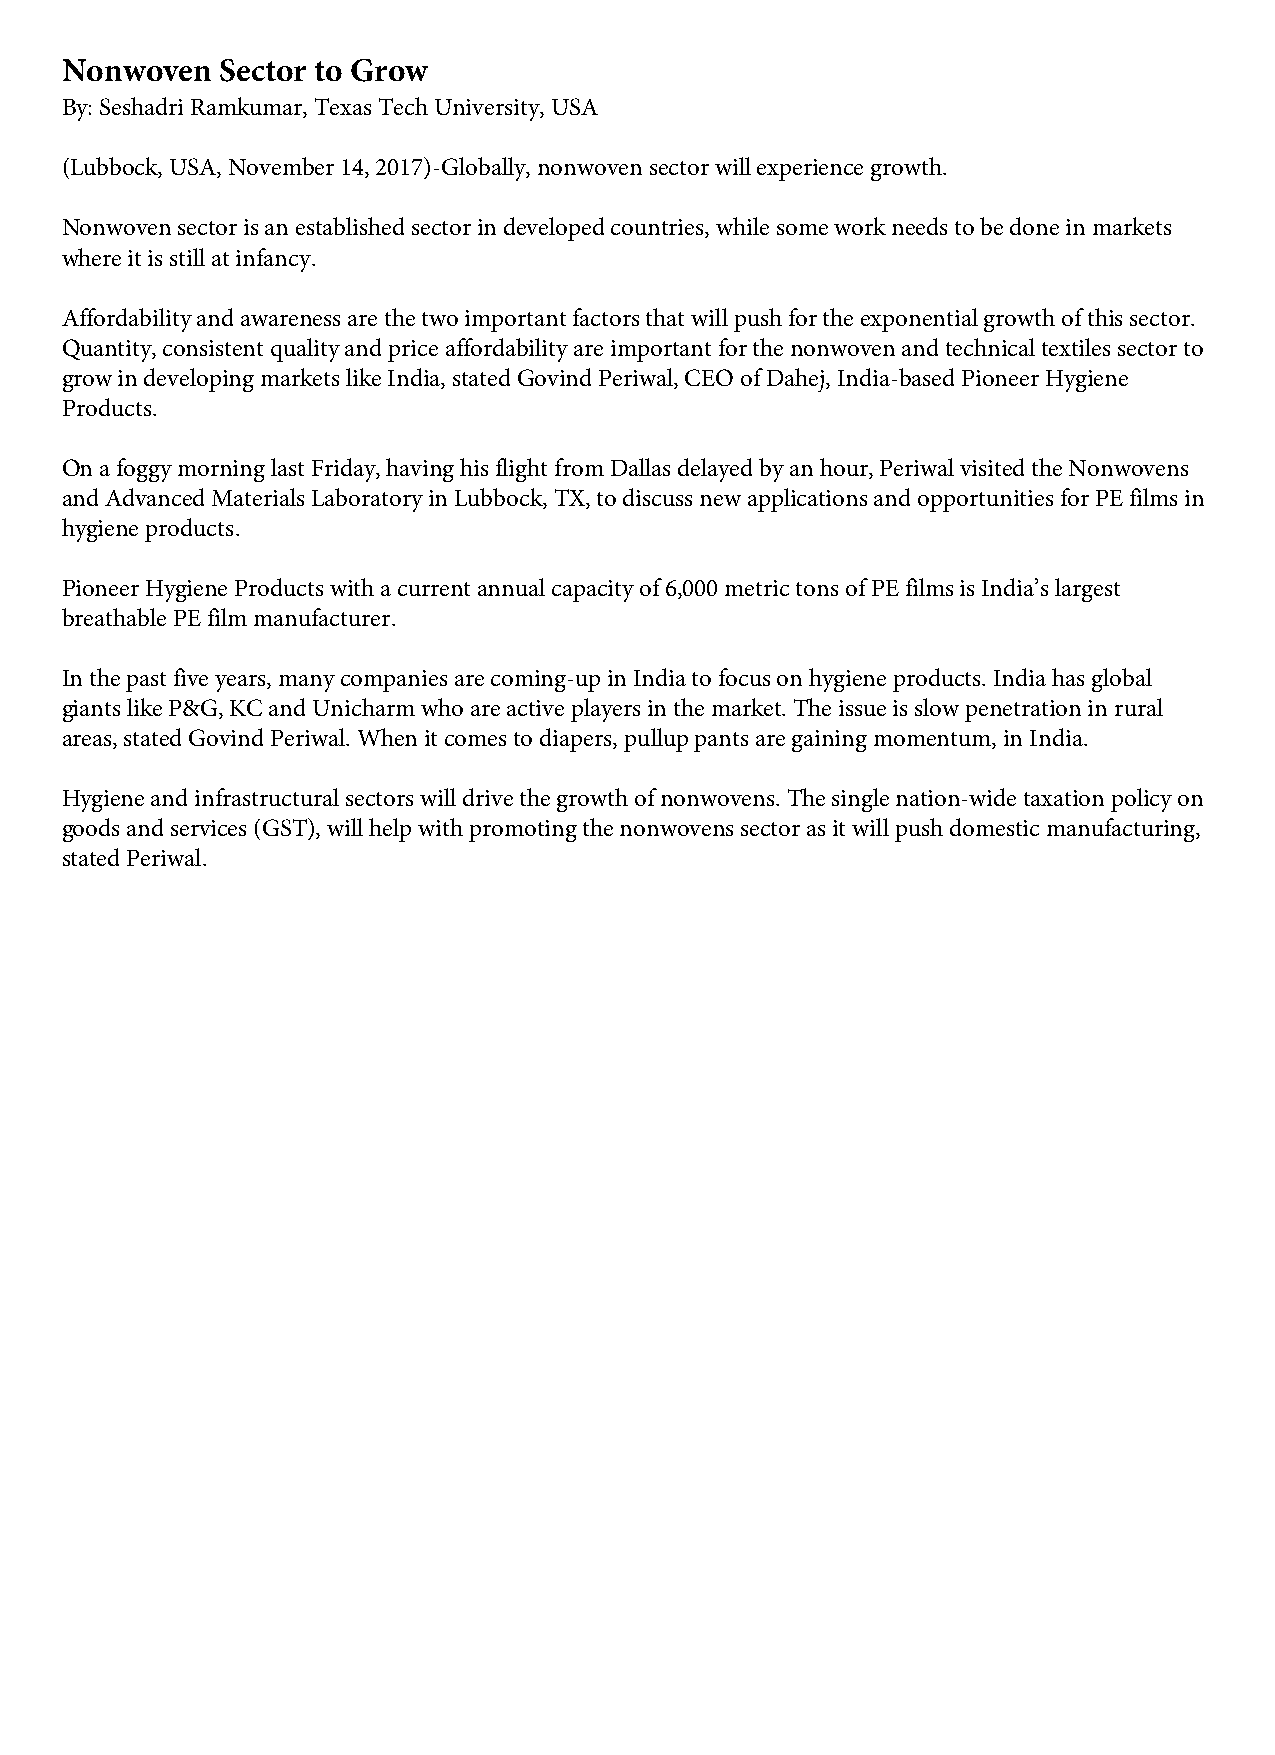
Nonwoven   Sector to Grow
 By: Seshadri Ramkumar, Texas Tech University, USA
 (Lubbock, USA, November 14, 2017)-Globally, nonwoven sector will experience growth.
 Nonwoven sector is an established sector in developed countries, while some work needs to be done in markets
 where it is still at infancy.
 Affordability and awareness are the two important factors that will push for the exponential growth of this sector.
 Quantity, consistent quality and price affordability are important for the nonwoven and technical textiles sector to
 grow in developing markets like India, stated Govind Periwal, CEO of Dahej, India-based Pioneer Hygiene
 Products.
 On a foggy morning last Friday, having his flight from Dallas delayed by an hour, Periwal visited the Nonwovens
 and Advanced Materials Laboratory in Lubbock, TX, to discuss new applications and opportunities for PE films in
 hygiene products.
 Pioneer Hygiene Products with a current annual capacity of 6,000 metric tons of PE films is India’s largest
 breathable PE film manufacturer.
 In the past five years, many companies are coming-up in India to focus on hygiene products. India has global
 giants like P&G, KC and Unicharm who are active players in the market. The issue is slow penetration in rural
 areas, stated Govind Periwal. When it comes to diapers, pullup pants are gaining momentum, in India.
 Hygiene and infrastructural sectors will drive the growth of nonwovens. The single nation-wide taxation policy on
 goods and services (GST), will help with promoting the nonwovens sector as it will push domestic manufacturing,
 stated Periwal.